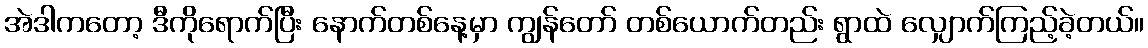
အဲဒါကတော့ ဒီကိုရောက်ပြီး နောက်တစ်နေ့မှာ ကျွန်တော် တစ်ယောက်တည်း ရွာထဲ လျှောက်ကြည့်ခဲ့တယ်။